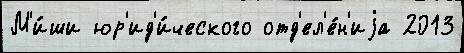
М'и́ши юр'ид'и́ческого отд'ел'е́н'иjа 2013